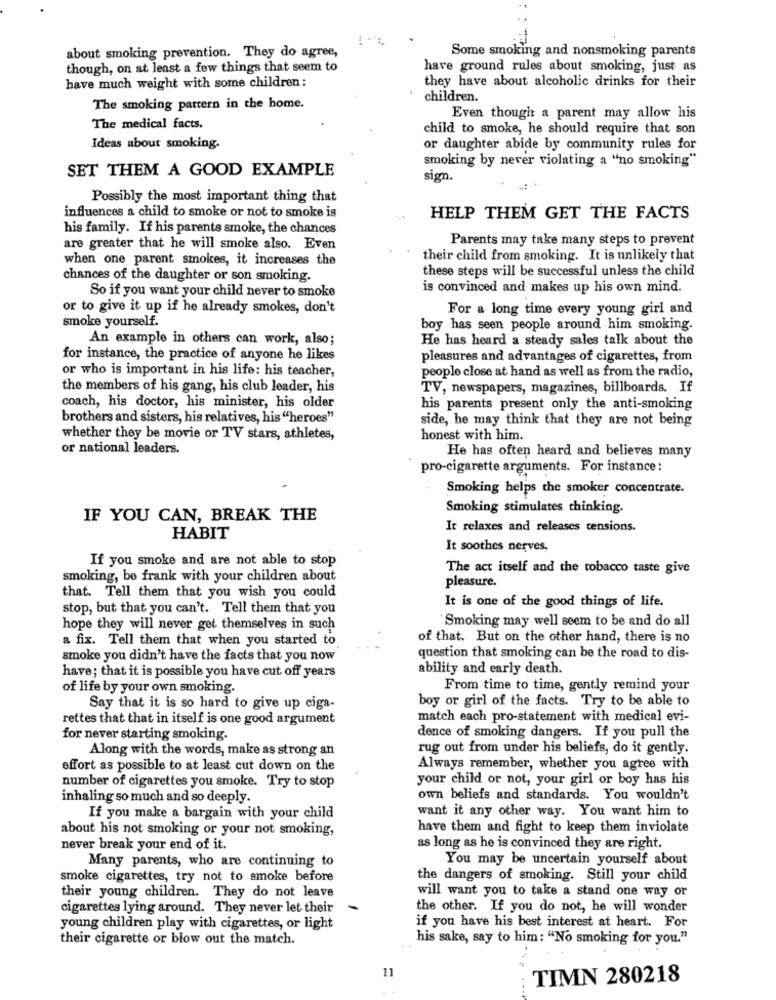
about smoking prevention. They do agree,
Some smoking and nonsmoking parents
though, on at least a few things that seem to
have ground rules about smoking, just as
have much weight with some children :
they have about alcoholic drinks for their
children.
The smoking pattern in the home.
Even though a parent may allow his
The medical facts.
child to smoke, he should require that son
Ideas about smoking.
or daughter abide by community rules for
smoking by never violating a "no smoking"
SET THEM A GOOD EXAMPLE
sign.
Possibly the most important thing that
influences a child to smoke or not to smoke is
HELP THEM GET THE FACTS
his family. If his parents smoke, the chances
Parents may take many steps to prevent
are greater that he will smoke also. Even
when one parent smokes, it increases the
their child from smoking. It is unlikely that
these steps will be successful unless the child
chances of the daughter or son smoking.
is convinced and makes up his own mind.
So if you want your child never to smoke
or to give it up if he already smokes, don't
For a long time every young girl and
smoke yourself.
boy has seen people around him smoking.
An example in others can work, also;
He has heard a steady sales talk about the
for instance, the practice of anyone he likes
pleasures and advantages of cigarettes, from
or who is important in his life: his teacher,
people close at hand as well as from the radio,
the members of his gang, his club leader, his
TV, newspapers, magazines, billboards. If
coach, his doctor, his minister, his older
his parents present only the anti-smoking
brothers and sisters, his relatives, his "heroes"
side, he may think that they are not being
whether they be movie or TV stars, athletes,
honest with him.
or national leaders.
He has often heard and believes many
pro-cigarette arguments. For instance :
Smoking helps the smoker concentrate.
Smoking stimulates thinking.
IF YOU CAN, BREAK THE
It relaxes and releases tensions.
HABIT
It soothes nerves,
If you smoke and are not able to stop
The act itself and the tobacco taste give
smoking, be frank with your children about
pleasure.
that. Tell them that you wish you could
It is one of the good things of life.
stop, but that you can't. Tell them that you
Smoking may well seem to be and do all
hope they will never get themselves in such
a fix. Tell them that when you started to
of that. But on the other hand, there is no
smoke you didn't have the facts that you now
question that smoking can be the road to dis-
have; that it is possible you have cut off years
ability and early death.
of life by your own smoking.
From time to time, gently remind your
boy or girl of the facts. Try to be able to
Say that it is so hard to give up ciga-
rettes that that in itself is one good argument
match each pro-statement with medical evi-
for never starting smoking.
dence of smoking dangers. If you pull the
Along with the words, make as strong an
rug out from under his beliefs, do it gently.
effort as possible to at least cut down on the
Always remember, whether you agree with
your child or not, your girl or boy has his
number of cigarettes you smoke. Try to stop
inhaling so much and so deeply.
own beliefs and standards. You wouldn't
want it any other way. You want him to
If you make a bargain with your child
about his not smoking or your not smoking,
have them and fight to keep them inviolate
never break your end of it.
as long as he is convinced they are right.
Many parents, who are continuing to
You may be uncertain yourself about
smoke cigarettes, try not to smoke before
the dangers of smoking. Still your child
will want you to take a stand one way or
their young children. They do not leave
cigarettes lying around. They never let their
the other. If you do not, he will wonder
if you have his best interest at heart. For
young children play with cigarettes, or light
their cigarette or blow out the match.
his sake, say to him: "No smoking for you."
11
TIMN 280218